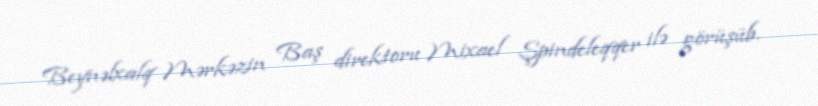
Beynəlxalq Mərkəzin Baş direktoru Mixael Şpindeleqqer ilə görüşüb.